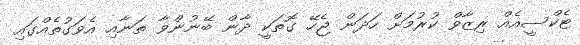
ޓެކްސީއެއް ރިޒާވް ކުރުމަށް ހަދަން ޖެހޭ ގޮތަކީ ދާން ބޭނުންވާ ތަނާއި އެވަގުތެއްގައި